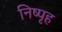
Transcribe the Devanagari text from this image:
निष्पृह